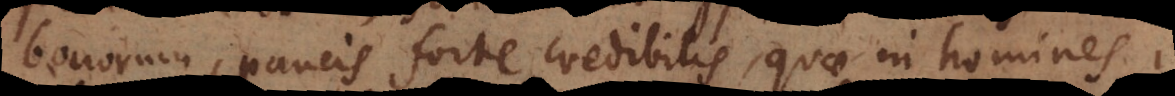
bonorum, paucis forte credibilis, quae in homines